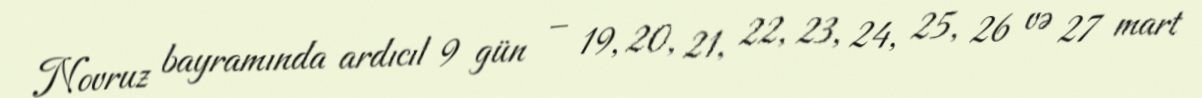
Novruz bayramında ardıcıl 9 gün – 19, 20, 21, 22, 23, 24, 25, 26 və 27 mart